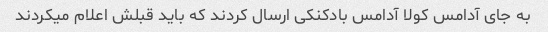
به جای آدامس کولا آدامس بادکنکی ارسال کردند که باید قبلش اعلام میکردند